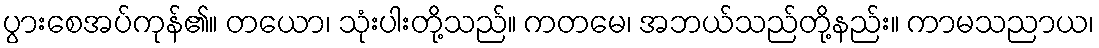
ပွားစေအပ်ကုန်၏။ တယော၊ သုံးပါးတို့သည်။ ကတမေ၊ အဘယ်သည်တို့နည်း။ ကာမသညာယ၊